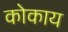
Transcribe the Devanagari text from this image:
कोकाय